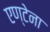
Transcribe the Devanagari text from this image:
एण्टेना